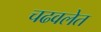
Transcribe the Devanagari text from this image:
चढवलेत